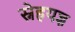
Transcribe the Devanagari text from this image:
स्नेहयज्ञ